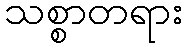
သစ္စာတရား